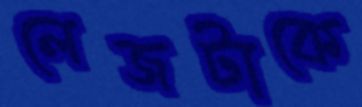
লেজটাকে